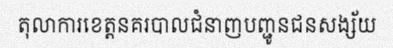
តុលាការខេត្តនគរបាលជំនាញបញ្ជូនជនសង្ស័យ